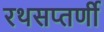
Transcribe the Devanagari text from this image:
रथसप्‍तर्णी